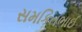
સમકિતભાઈ